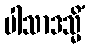
ပါသာဒသ္မိံ